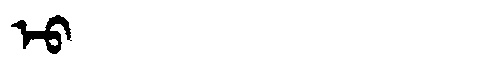
Manchu: ᡝᠣ
Romanization: EO